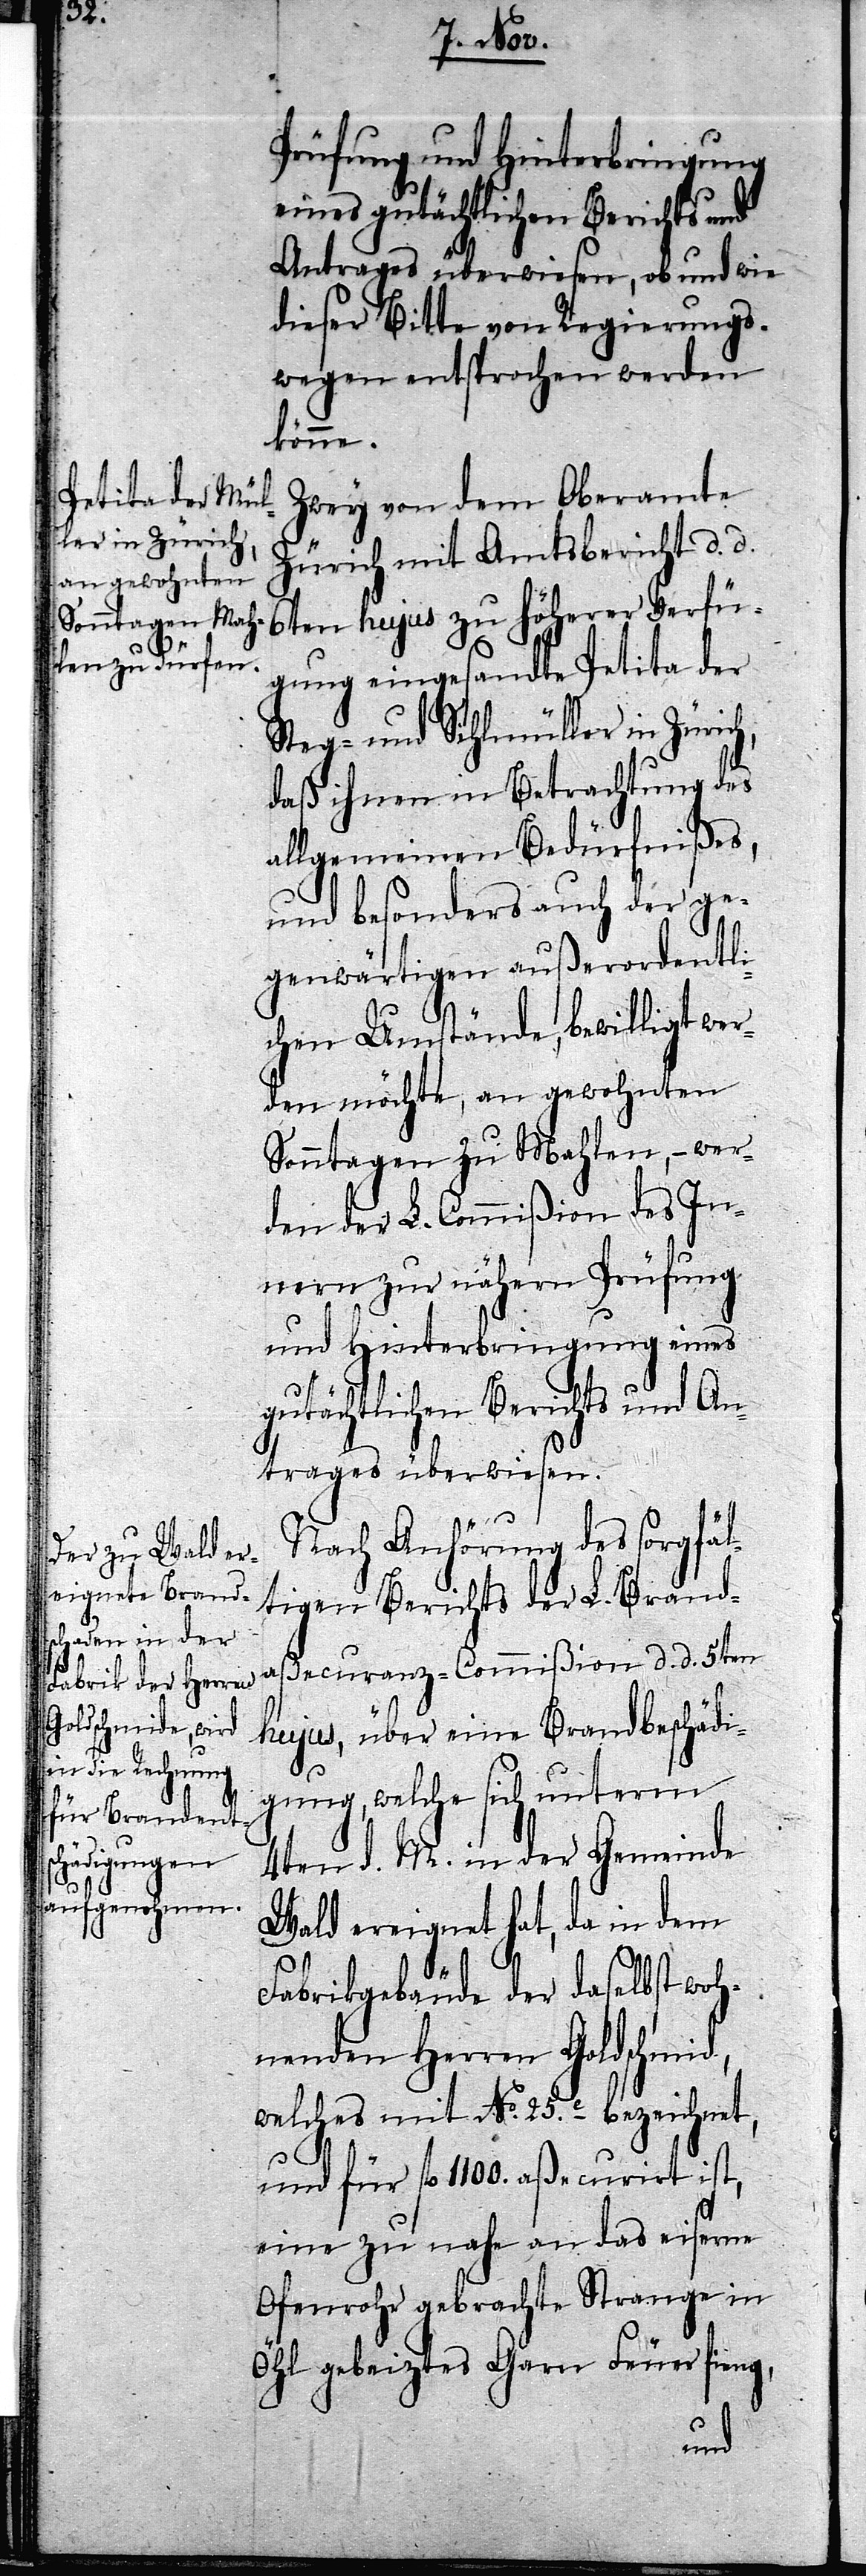
Prüfung und Hinterbringung
eines gutächtlichen Berichts und
Antrages überwiesen, ob und wie
dieser Bitte von Regierungs¬
wegen entsprochen werden
könne.
Zwey von dem Oberamte
Zürich mit Amtsbericht d. d.
6ten hujus zu höherer Verfü¬
gung eingesandte Petita der
Steg- und Sihlmüller in Zürich,
daß ihnen in Betrachtung des
allgemeinen Bedürfnißes,
und besonders auch der ge¬
genwärtigen außerordentli¬
chen Umstände, bewilligt wer¬
den möchte, an gewohnten
Sonntagen zu Mahlen, – wer¬
den der L. Commißion des In¬
nern zur nähern Prüfung
und Hinterbringung eines
gutächtlichen Berichts und An¬
trages überwiesen.
Nach Anhörung des sorgfäl¬
tigen Berichts der L. Brand¬
aßecuranz-Commißion d. d. 5ten
hujus, über eine Brandbeschädi¬
gung, welche sich unterm
4ten d. M. in der Gemeinde
Wald ereignet hat, da in dem
Fabrikgebäude der daselbst woh¬
nenden Herren Goldschmid,
welches mit No. 25.c bezeichnet,
und für fl. 1100. aßecurirt ist,
eine zu nahe an das eiserne
Ofenrohr gebrachte Strange in
Öhl gebeiztes Garn Feuer fing,